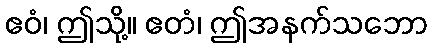
ဧဝံ၊ ဤသို့။ ဧတံ၊ ဤအနက်သဘော